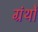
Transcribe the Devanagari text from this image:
ग्रंर्थों